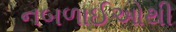
નબળાઈઓથી